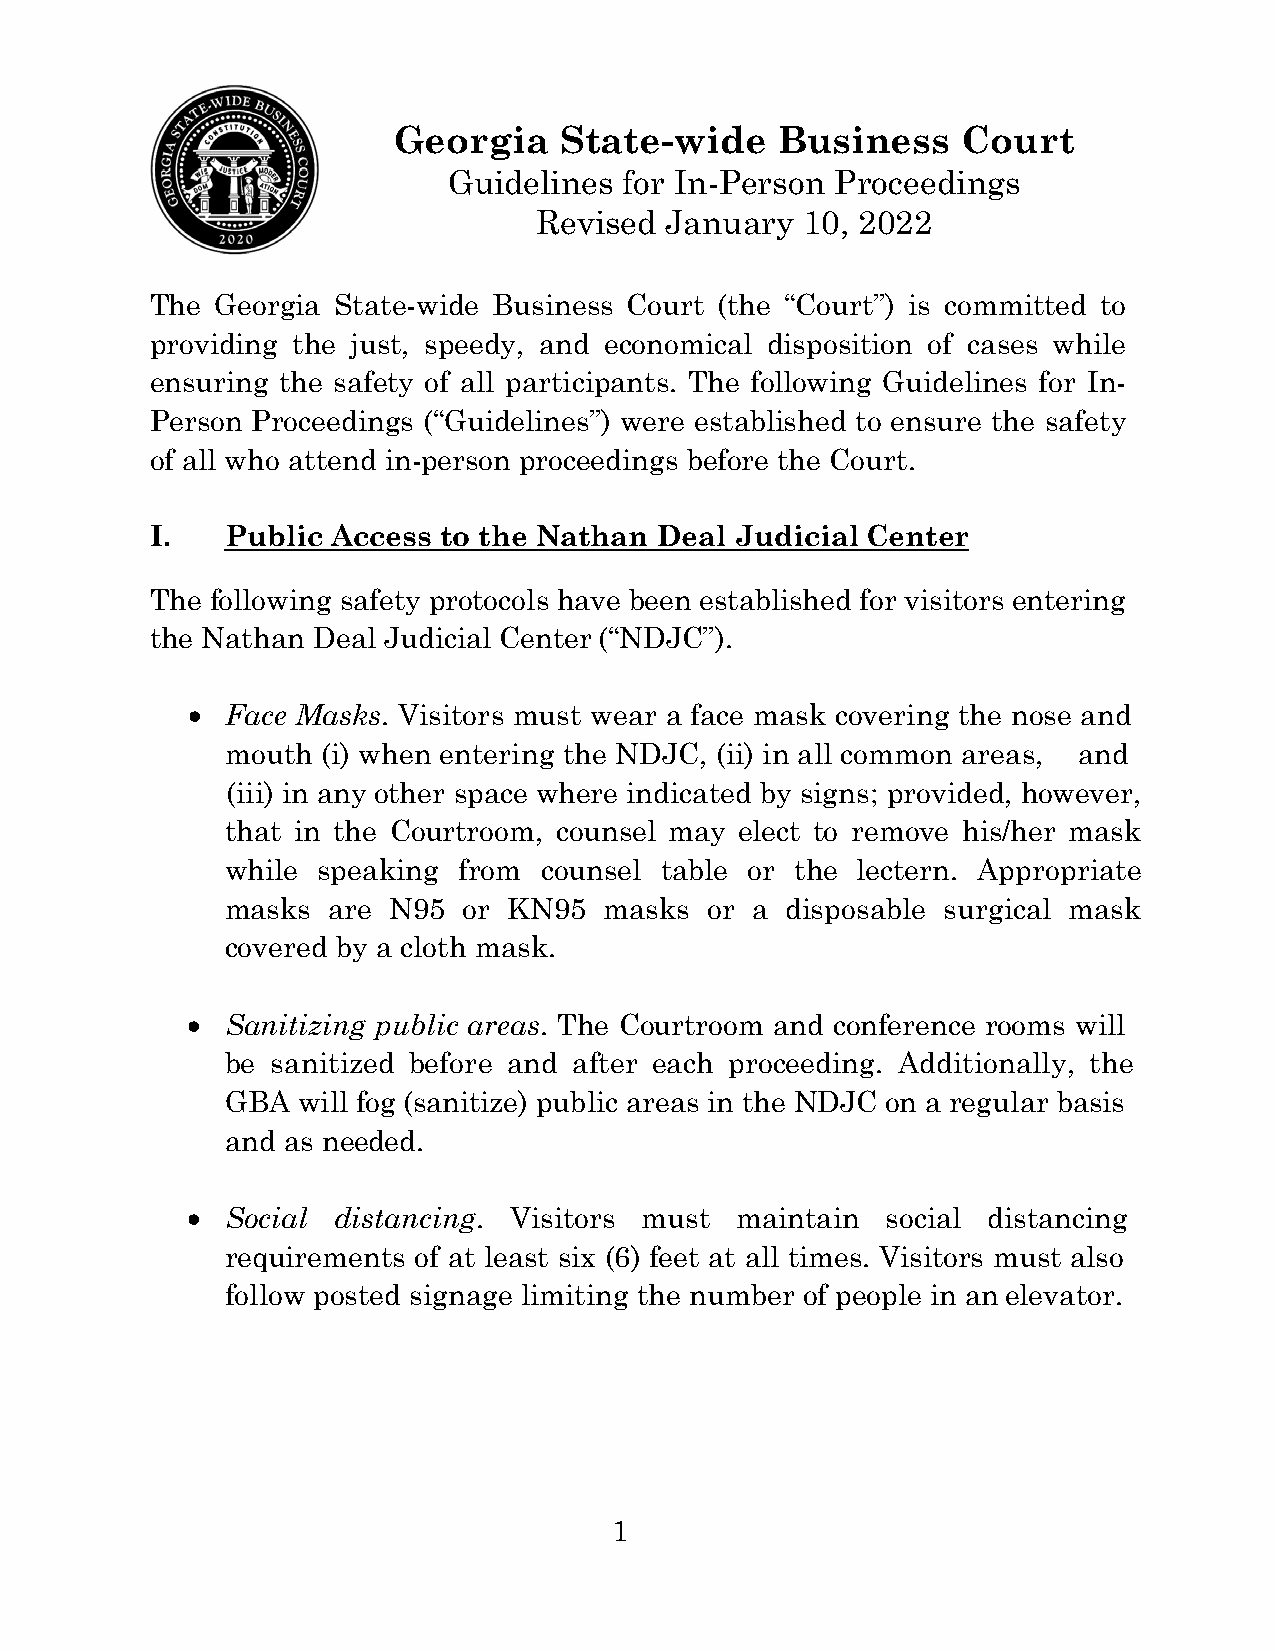
Georgia    State-wide     Business    Court
 Guidelines for In-Person Proceedings
 Revised January  10, 2022
 The Georgia State-wide Business Court (the “Court”) is committed to
 providing the just, speedy, and economical disposition of cases while
 ensuring the safety of all participants. The following Guidelines for In-
 Person Proceedings (“Guidelines”) were established to ensure the safety
 of all who attend in-person proceedings before the Court.
 I.   Public Access to the Nathan  Deal Judicial Center
 The following safety protocols have been established for visitors entering
 the Nathan Deal Judicial Center (“NDJC”).
 •  Face Masks. Visitors must wear a face mask covering the nose and
 mouth (i) when entering the NDJC, (ii) in all common areas, and
 (iii) in any other space where indicated by signs; provided, however,
 that in the Courtroom, counsel may elect to remove his/her mask
 while speaking from  counsel table or the lectern. Appropriate
 masks  are N95  or KN95  masks  or a disposable surgical mask
 covered by a cloth mask.
 •  Sanitizing public areas. The Courtroom and conference rooms will
 be sanitized before and after each proceeding. Additionally, the
 GBA  will fog (sanitize) public areas in the NDJC on a regular basis
 and as needed.
 •  Social distancing. Visitors must  maintain  social distancing
 requirements of at least six (6) feet at all times. Visitors must also
 follow posted signage limiting the number of people in an elevator.
 1